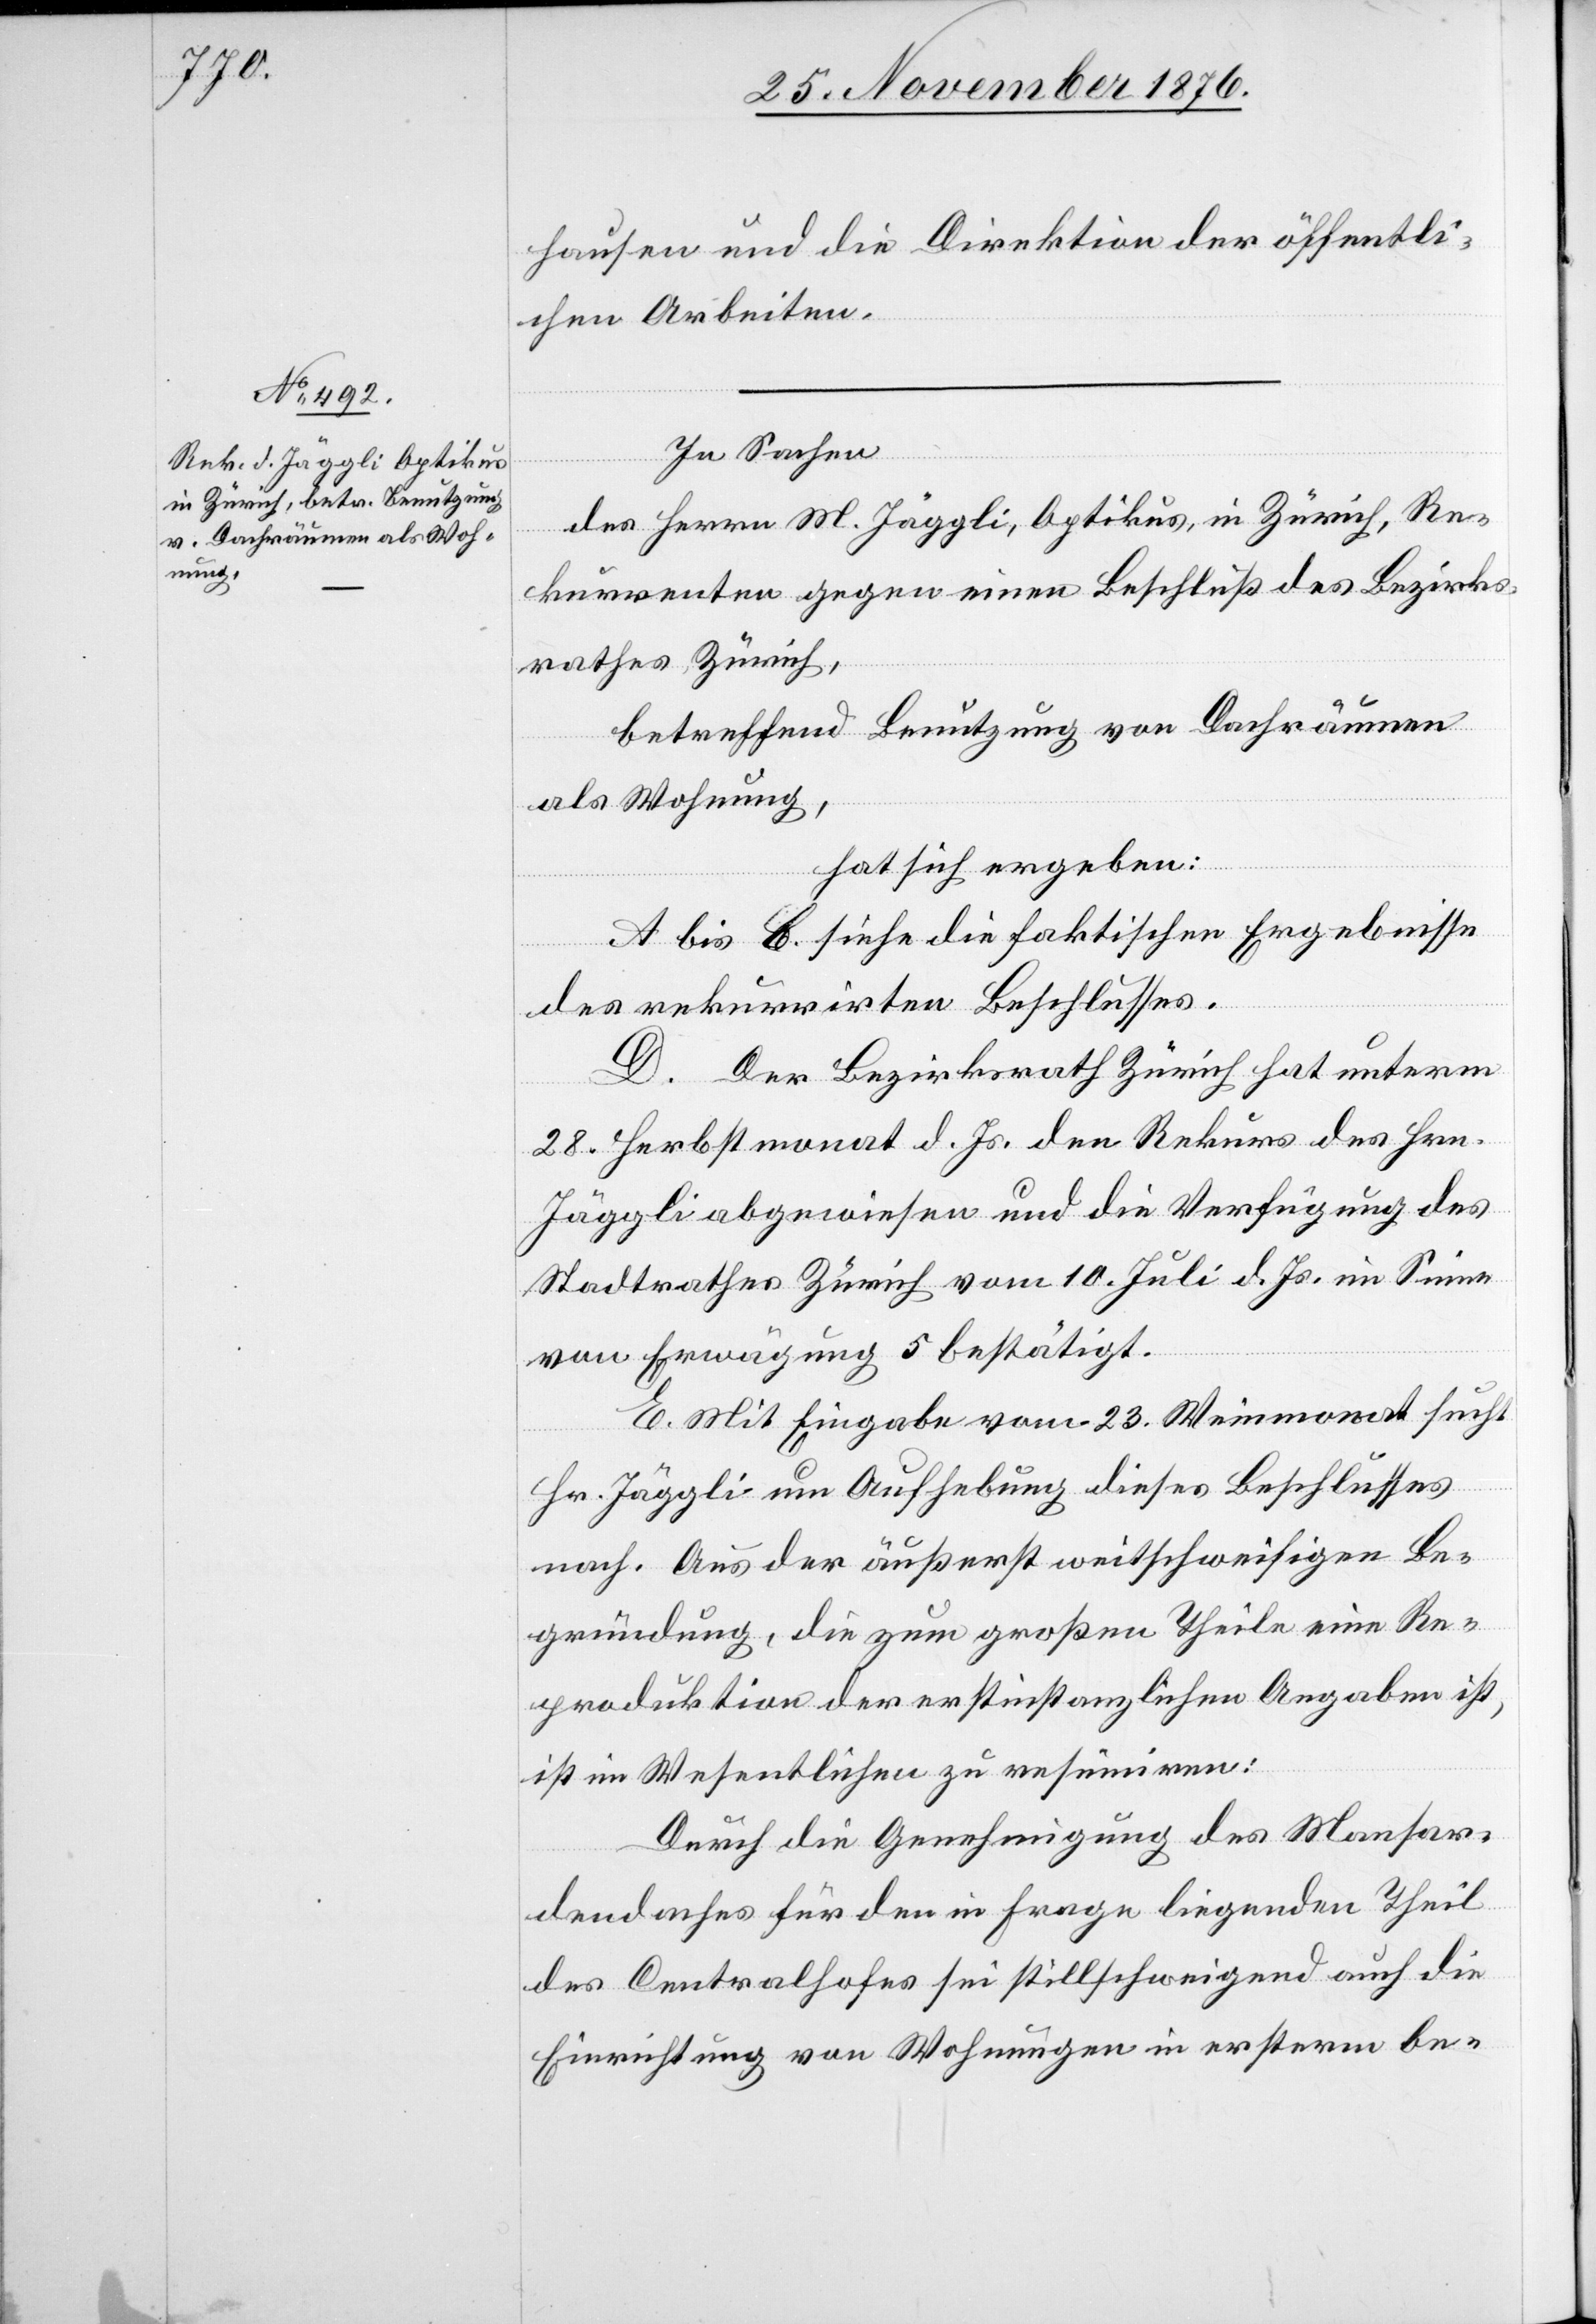
hausen und die Direktion der öffentli¬
chen Arbeiten.
In Sachen
des Herrn M. Jäggli, Optikus, in Zürich, Re¬
kurrenten gegen einen Beschluß des Bezirks¬
rathes Zürich,
betreffend Benutzung von Dachräumen
als Wohnung,
hat sich ergeben:
A bis C. Siehe die faktischen Ergebnisse
des rekurrirten Beschlusses.
D.
Der Bezirksrath Zürich hat unterm
28. Herbstmonat d. Js. den Rekurs des Hrn.
Jäggli abgewiesen und die Verfügung des
Stadtrathes Zürich vom 10. Juli d. Js. im Sinne
von Erwägung 5 bestätigt.
E. Mit Eingabe vom 23. Weinmonat sucht
Hr. Jäggli um Aufhebung dieses Beschlusses
nach. Aus der äußerst weitschweifigen Be¬
gründung, die zum großen Theile eine Re¬
produktion der erstinstanzlichen Angaben ist,
ist im Wesentlichen zu resümiren:
Durch die Genehmigung des Mansar¬
dendaches für den in Frage liegenden Theil
des Centralhofes sei stillschweigend auch die
Einrichtung von Wohnungen in ersterm be-